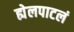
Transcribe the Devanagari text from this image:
ह्येलपाटलं